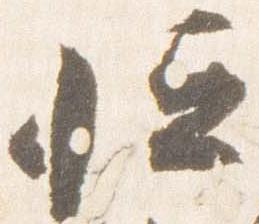
恒